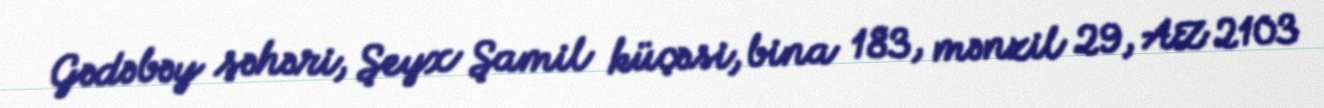
Gədəbəy şəhəri, Şeyx Şamil küçəsi, bina 183, mənzil 29, AZ 2103